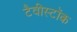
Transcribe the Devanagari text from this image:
टैवीस्टॉक